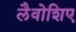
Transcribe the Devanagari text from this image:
लैवोशिए